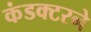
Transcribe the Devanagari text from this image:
कंडक्टरने